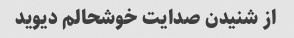
از شنیدن صدایت خوشحالم دیوید